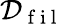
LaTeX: \mathcal{D}_{\mathrm{~f~i~l~}}